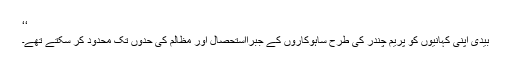
‘‘
بیدی اپنی کہانیوں کو پریم چندر کی طرح ساہوکاروں کے جبراًاستحصال اور مظالم کی حدوں تک محدود کر سکتے تھے۔